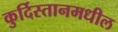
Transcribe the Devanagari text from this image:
कुर्दिस्तानमधील